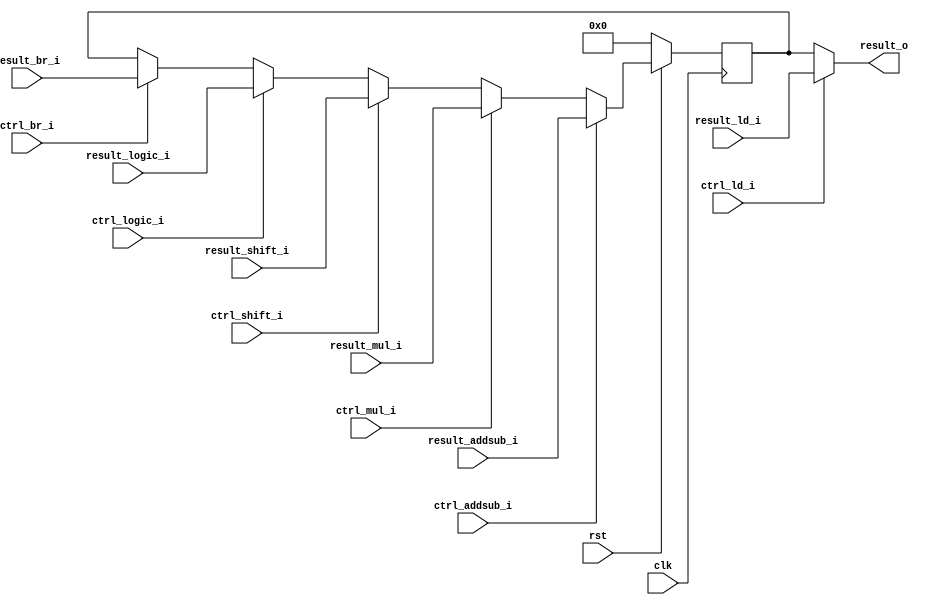
module ex_pipeline_reg (
  input clk,
  input rst,
  input ctrl_addsub_i,
  input ctrl_mul_i,
  input ctrl_shift_i,
  input ctrl_logic_i,
  input ctrl_ld_i,
  input ctrl_br_i,
  input [31:0] result_addsub_i,
  input [31:0] result_mul_i,
  input [31:0] result_shift_i,
  input [31:0] result_logic_i,
  input [31:0] result_ld_i,
  input [31:0] result_br_i,
  output [31:0] result_o
);

  reg [31:0] result_r;
  assign result_o = (ctrl_ld_i) ? result_ld_i : result_r;

  always @(posedge clk) begin
    if (~rst) result_r <= 32'h0;
    else if (ctrl_addsub_i) result_r <= result_addsub_i;
    else if (ctrl_mul_i) result_r <= result_mul_i;
    else if (ctrl_shift_i) result_r <= result_shift_i;
    else if (ctrl_logic_i) result_r <= result_logic_i;
    else if (ctrl_br_i) result_r <= result_br_i;
  end
endmodule